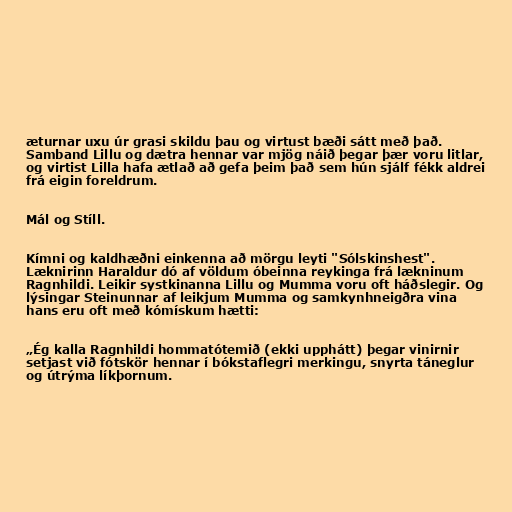
æturnar uxu úr grasi skildu þau og virtust bæði sátt með það.
Samband Lillu og dætra hennar var mjög náið þegar þær voru litlar,
og virtist Lilla hafa ætlað að gefa þeim það sem hún sjálf fékk aldrei
frá eigin foreldrum.

Mál og Stíll.

Kímni og kaldhæðni einkenna að mörgu leyti "Sólskinshest".
Læknirinn Haraldur dó af völdum óbeinna reykinga frá lækninum
Ragnhildi. Leikir systkinanna Lillu og Mumma voru oft háðslegir. Og
lýsingar Steinunnar af leikjum Mumma og samkynhneigðra vina
hans eru oft með kómískum hætti:

„Ég kalla Ragnhildi hommatótemið (ekki upphátt) þegar vinirnir
setjast við fótskör hennar í bókstaflegri merkingu, snyrta táneglur
og útrýma líkþornum.